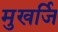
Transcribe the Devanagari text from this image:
मुखर्जि